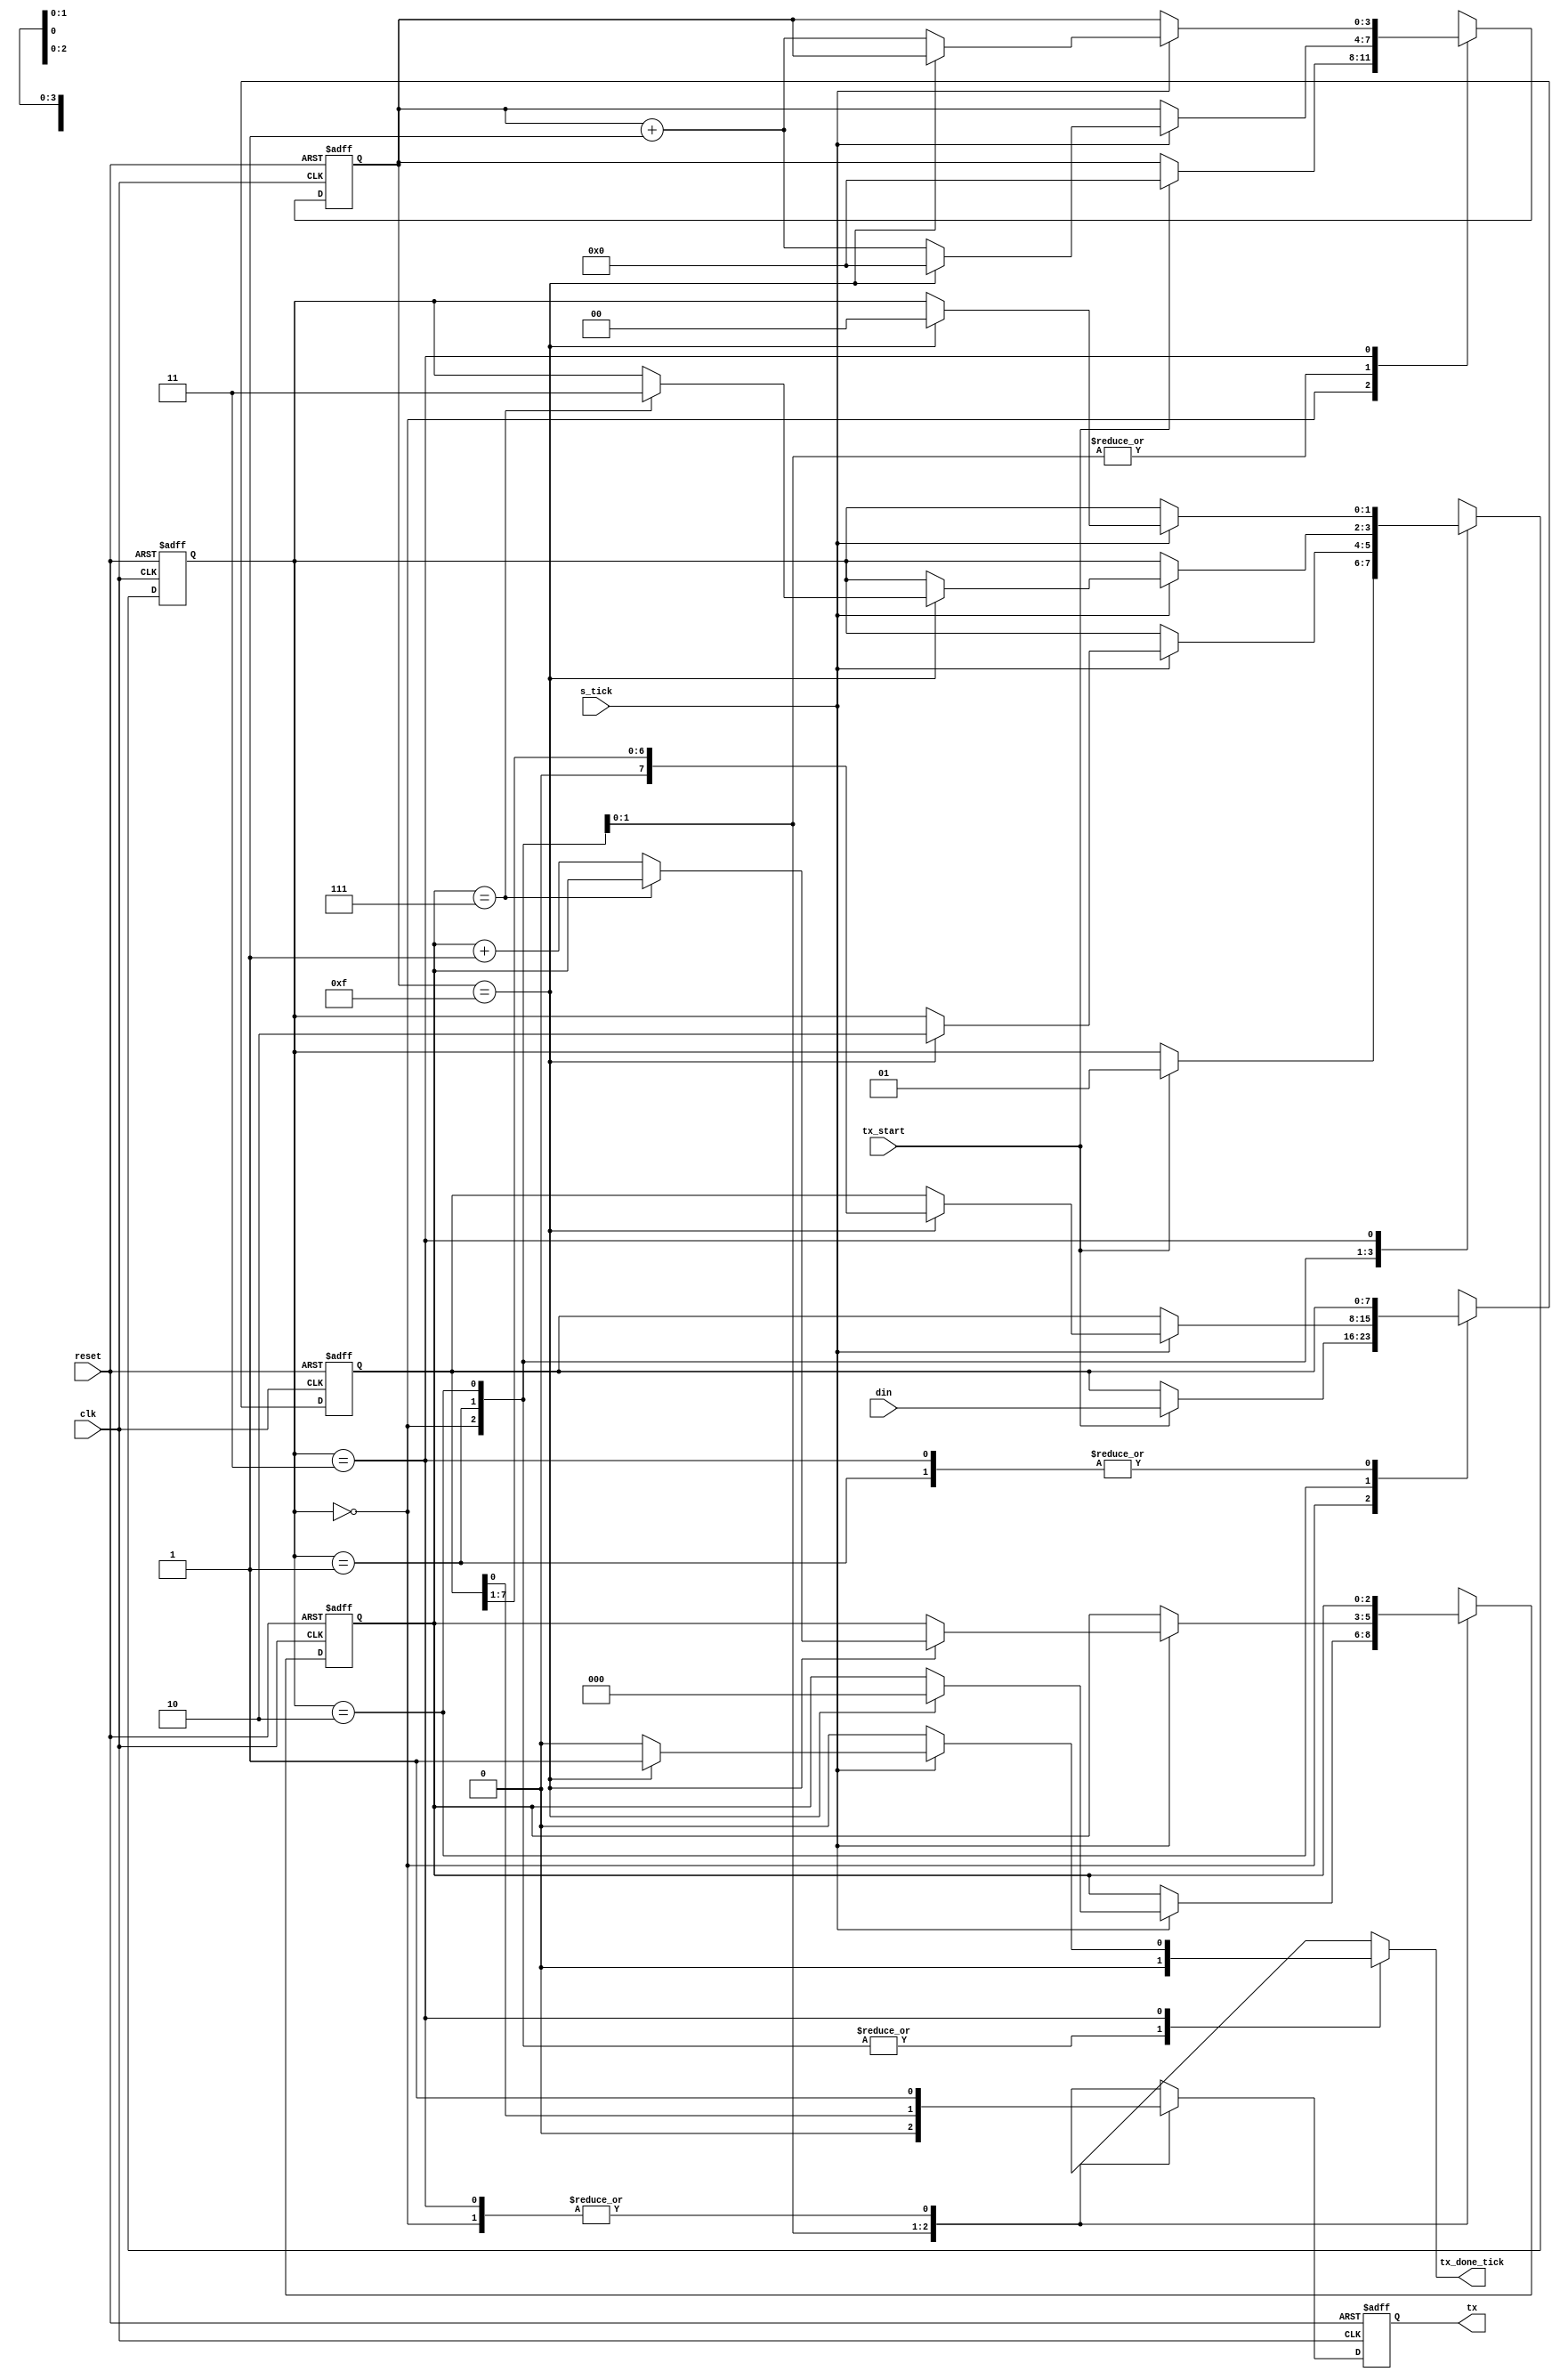
`timescale 1ns / 1ps
module uart_tx 
    # ( 
        parameter DBIT = 8, // # data bits 
        SB_TICK = 16 // # ticks for stop bits 
    )
    ( 
    input wire clk, reset, 
    input wire tx_start , s_tick, 
    input wire [7:0] din, 
    output reg tx_done_tick , 
    output wire tx 
    ); 

    // synlbolic state declaration 
    localparam [1:0] 
        idle    = 2'b00, 
        start   = 2'b01, 
        data    = 2'b10, 
        stop    = 2'b11; 
    
    // signal declaration 
    reg [1:0] state_reg , state_next ; 
    reg [3:0] s_reg , s_next; 
    reg [2:0] n_reg, n_next; 
    reg [7:0] b_reg , b_next; 
    reg tx_reg , tx_next ; 
    // body 
    // FSMD state & data registers 
    always @(posedge clk, posedge reset) 
        if (reset) 
            begin 
                state_reg <= idle; 
                s_reg <= 0; 
                n_reg <= 0; 
                b_reg <= 0; 
                tx_reg <= 1'b1; 
            end 
        else 
            begin 
                state_reg <= state_next; 
                s_reg <= s_next; 
                n_reg <= n_next; 
                b_reg <= b_next; 
                tx_reg <= tx_next; 
            end 

    // FSMD next-state logic & functional units 
    always @* 
        begin 
            state_next = state_reg; 
            tx_done_tick = 1'b0; 
            s_next = s_reg; 
            n_next = n_reg; 
            b_next = b_reg; 
            tx_next = tx_reg; 

            case (state_reg) 
                idle: 
                    begin 
                        tx_next = 1'b1; 
                        if (tx_start) 
                            begin 
                                state_next = start; 
                                s_next = 0; 
                                b_next = din; 
                            end 
                    end 
                start: 
                    begin 
                        tx_next = 1'b0; 
                        if (s_tick) 
                            if (s_reg==15) 
                                begin 
                                    state_next = data; 
                                    s_next = 0; 
                                    n_next = 0; 
                                end 
                            else 
                                s_next = s_reg + 1; 
                    end 
                data: 
                    begin 
                        tx_next = b_reg[0] ; 
                        if (s_tick) 
                            if (s_reg==15) 
                                begin 
                                    s_next = 0; 
                                    b_next = b_reg >> 1; 
                                    if (n_reg==(DBIT-1)) 
                                        state_next = stop ; 
                                    else 
                                        n_next = n_reg + 1; 
                                end 
                            else 
                                s_next = s_reg + 1; 
                    end 
                stop: 
                    begin 
                        tx_next = 1'b1; 
                        if (s_tick) 
                            if (s_reg==(SB_TICK -1)) 
                                begin 
                                    state_next = idle; 
                                    tx_done_tick = 1'b1; 
                                end 
                            else 
                                s_next = s_reg + 1; 
                    end 
            endcase 
        end 

    // output 
    assign tx = tx_reg; 
endmodule